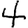
Digit: 4